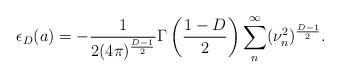
LaTeX: \begin{align*}\epsilon_{D}(a)=-\frac{1}{2(4\pi)^{\frac{D-1}{2}}} \Gamma\left(\frac{1-D}{2}\right) \sum_{n}^{\infty}(\nu^{2}_{n})^{\frac{D-1}{2}}.\end{align*}